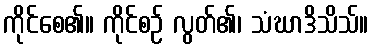
ကိုင်စေ၏။ ကိုင်စဉ် လွတ်၏၊ သံဃာဒိသိသ်။